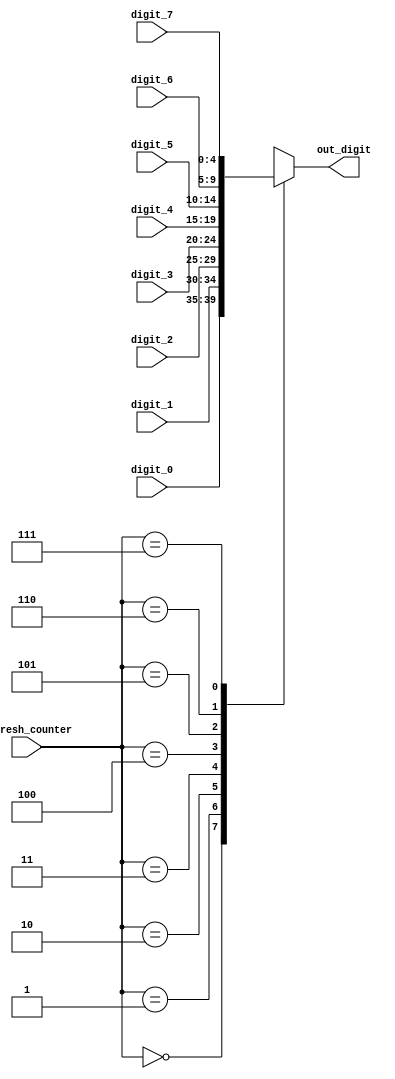
`timescale 1ns / 1ps
//////////////////////////////////////////////////////////////////////////////////
// Company: 
// Engineer: 
// 
// Design Name: 
// Module Name: digt_value_control
// Project Name: 
// Target Devices: 
// Tool Versions: 
// Description: 
// 
// Dependencies: 
// 
// Revision:
// Revision 0.01 - File Created
// Additional Comments:
// 
//////////////////////////////////////////////////////////////////////////////////


module digt_value_control(
    output reg [4:0] out_digit = 0,
    input [2:0] refresh_counter,
    input [4:0] digit_0,
    input [4:0] digit_1,
    input [4:0] digit_2,
    input [4:0] digit_3,
    input [4:0] digit_4,
    input [4:0] digit_5,
    input [4:0] digit_6,
    input [4:0] digit_7
);


always@(refresh_counter)
begin
    case(refresh_counter)
    3'd0:
        out_digit = digit_0; //digit 0 value (right-most)
    3'd1:
        out_digit = digit_1; //digit 1 value
    3'd2:
        out_digit = digit_2; //digit 2 value
    3'd3:
        out_digit = digit_3; //digit 3 value
    3'd4:
        out_digit = digit_4; //digit 4 value 
    3'd5:
        out_digit = digit_5; //digit 5 value
    3'd6:
        out_digit = digit_6; //digit 6 value
    3'd7:
        out_digit = digit_7; //digit 7 value
    endcase
 end
    
    
    
endmodule